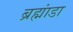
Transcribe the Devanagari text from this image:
ब्रह्मांडा